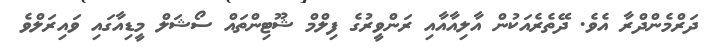
ދަރްމެންދްރާ އެވެ. ދޭތެރެއަކުން އާލިއާއާއި ރަންވީރުގެ ފިލްމް ޝޫޓިންތައް ސޯޝަލް މީޑިއާގައި ވައިރަލްވެ